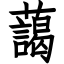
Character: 藹